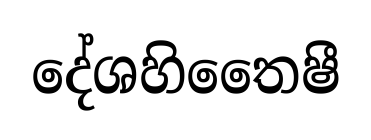
දේශහිතෛෂී